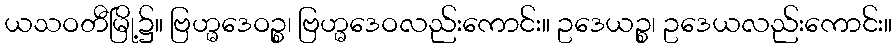
ယသဝတီမြို့၌။ ဗြဟ္မဒေဝဉ္စ၊ ဗြဟ္မဒေဝလည်းကောင်း။ ဥဒေယဉ္စ၊ ဥဒေယလည်းကောင်း။